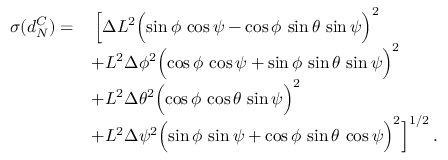
\begin{array} { r l } { \sigma ( d _ { N } ^ { C } ) = } & { \, \Bigl [ \Delta L ^ { 2 } \Bigl ( \sin \phi \, \cos \psi - \cos \phi \, \sin \theta \, \sin \psi \Bigr ) ^ { 2 } } \\ & { + L ^ { 2 } \Delta \phi ^ { 2 } \Bigl ( \cos \phi \, \cos \psi + \sin \phi \, \sin \theta \, \sin \psi \Bigr ) ^ { 2 } } \\ & { + L ^ { 2 } \Delta \theta ^ { 2 } \Bigl ( \cos \phi \, \cos \theta \, \sin \psi \Bigr ) ^ { 2 } } \\ & { + L ^ { 2 } \Delta \psi ^ { 2 } \Bigl ( \sin \phi \, \sin \psi + \cos \phi \, \sin \theta \, \cos \psi \Bigr ) ^ { 2 } \Bigr ] ^ { 1 / 2 } \, . } \end{array}